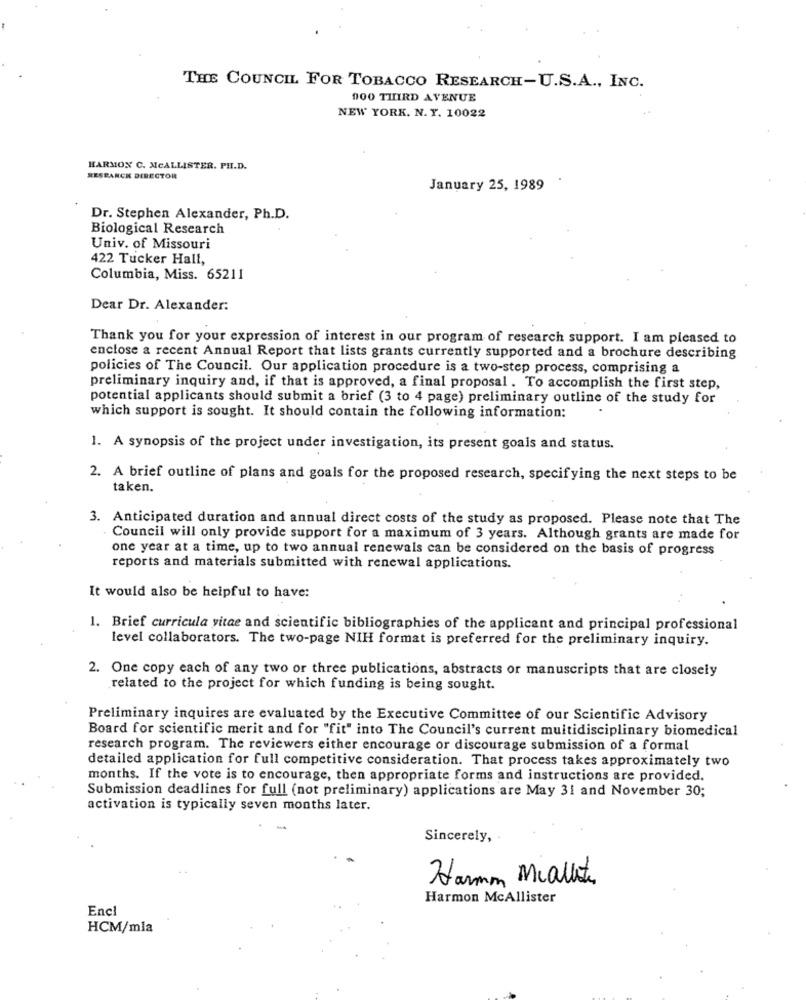
THE COUNCIL FOR TOBACCO RESEARCH-U.S.A ., INC.
100 THIRD AVENUE
NEW YORK. N. Y. 10022
HARMON C. MCALLISTER. PH.D.
RESPANCK DIRECTOR
January 25, 1989
Dr. Stephen Alexander, Ph.D.
Biological Research
Univ. of Missouri
422 Tucker Hall,
Columbia, Miss. 65211
Dear Dr. Alexander:
Thank you for your expression of interest in our program of research support. I am pleased to
enclose a recent Annual Report that lists grants currently supported and a brochure describing
policies of The Council. Our application procedure is a two-step process, comprising a
preliminary inquiry and, if that is approved, a final proposal . To accomplish the first step,
potential applicants should submit a brief (3 to 4 page) preliminary outline of the study for
which support is sought. It should contain the following information:
1. A synopsis of the project under investigation, its present goals and status.
2. A brief outline of plans and goals for the proposed research, specifying the next steps to be
taken.
3. Anticipated duration and annual direct costs of the study as proposed. Please note that The
Council will only provide support for a maximum of 3 years. Although grants are made for
one year at a time, up to two annual renewals can be considered on the basis of progress
reports and materials submitted with renewal applications.
It would also be helpful to have:
1. Brief curricula vitae and scientific bibliographies of the applicant and principal professional
level collaborators. The two-page NIH format is preferred for the preliminary inquiry.
2. One copy each of any two or three publications, abstracts or manuscripts that are closely
related to the project for which funding is being sought.
Preliminary inquires are evaluated by the Executive Committee of our Scientific Advisory
Board for scientific merit and for "fit" into The Council's current multidisciplinary biomedical
research program. The reviewers either encourage or discourage submission of a formal
detailed application for full competitive consideration. That process takes approximately two
months. If the vote is to encourage, then appropriate forms and instructions are provided.
Submission deadlines for full (not preliminary) applications are May 31 and November 30;
activation is typically seven months later.
-
Sincerely,
Harmm Mialet
Harmon McAllister
Encl
HCM/mla